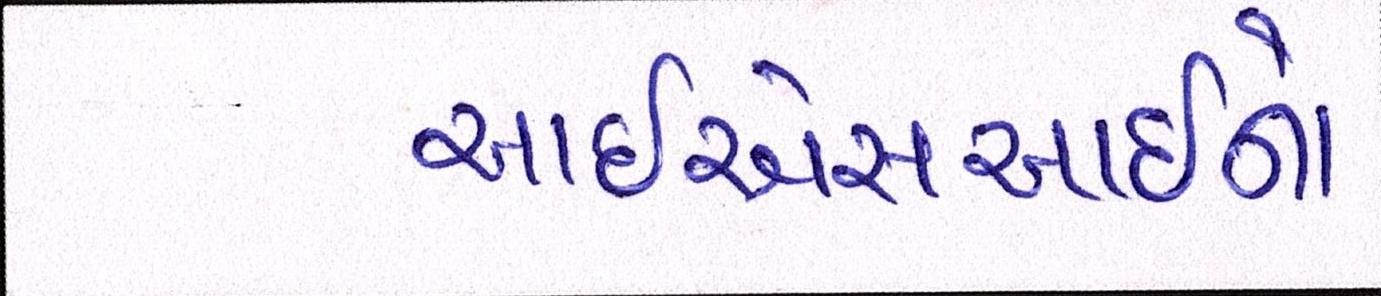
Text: આઇએસઆઇનો